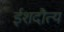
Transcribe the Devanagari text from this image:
ईशदौत्य